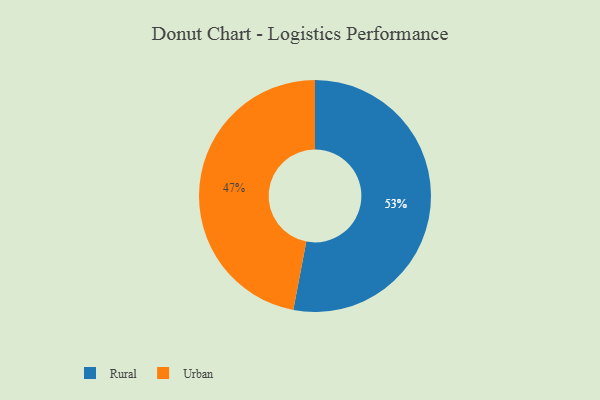
{"axis": {"x": "Category", "y": "Percentage"}, "legend": ["Rural", "Urban"], "data": [{"x": "Urban", "y": 47, "type": "Urban"}, {"x": "Rural", "y": 53, "type": "Rural"}]}